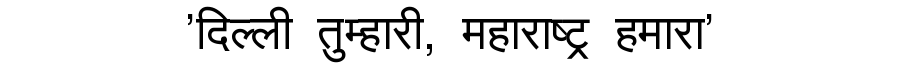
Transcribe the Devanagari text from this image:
'दिल्ली तुम्हारी, महाराष्ट्र हमारा'